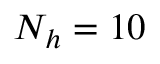
N _ { h } = 1 0